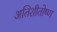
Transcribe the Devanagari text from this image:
अतिशीतोष्ण